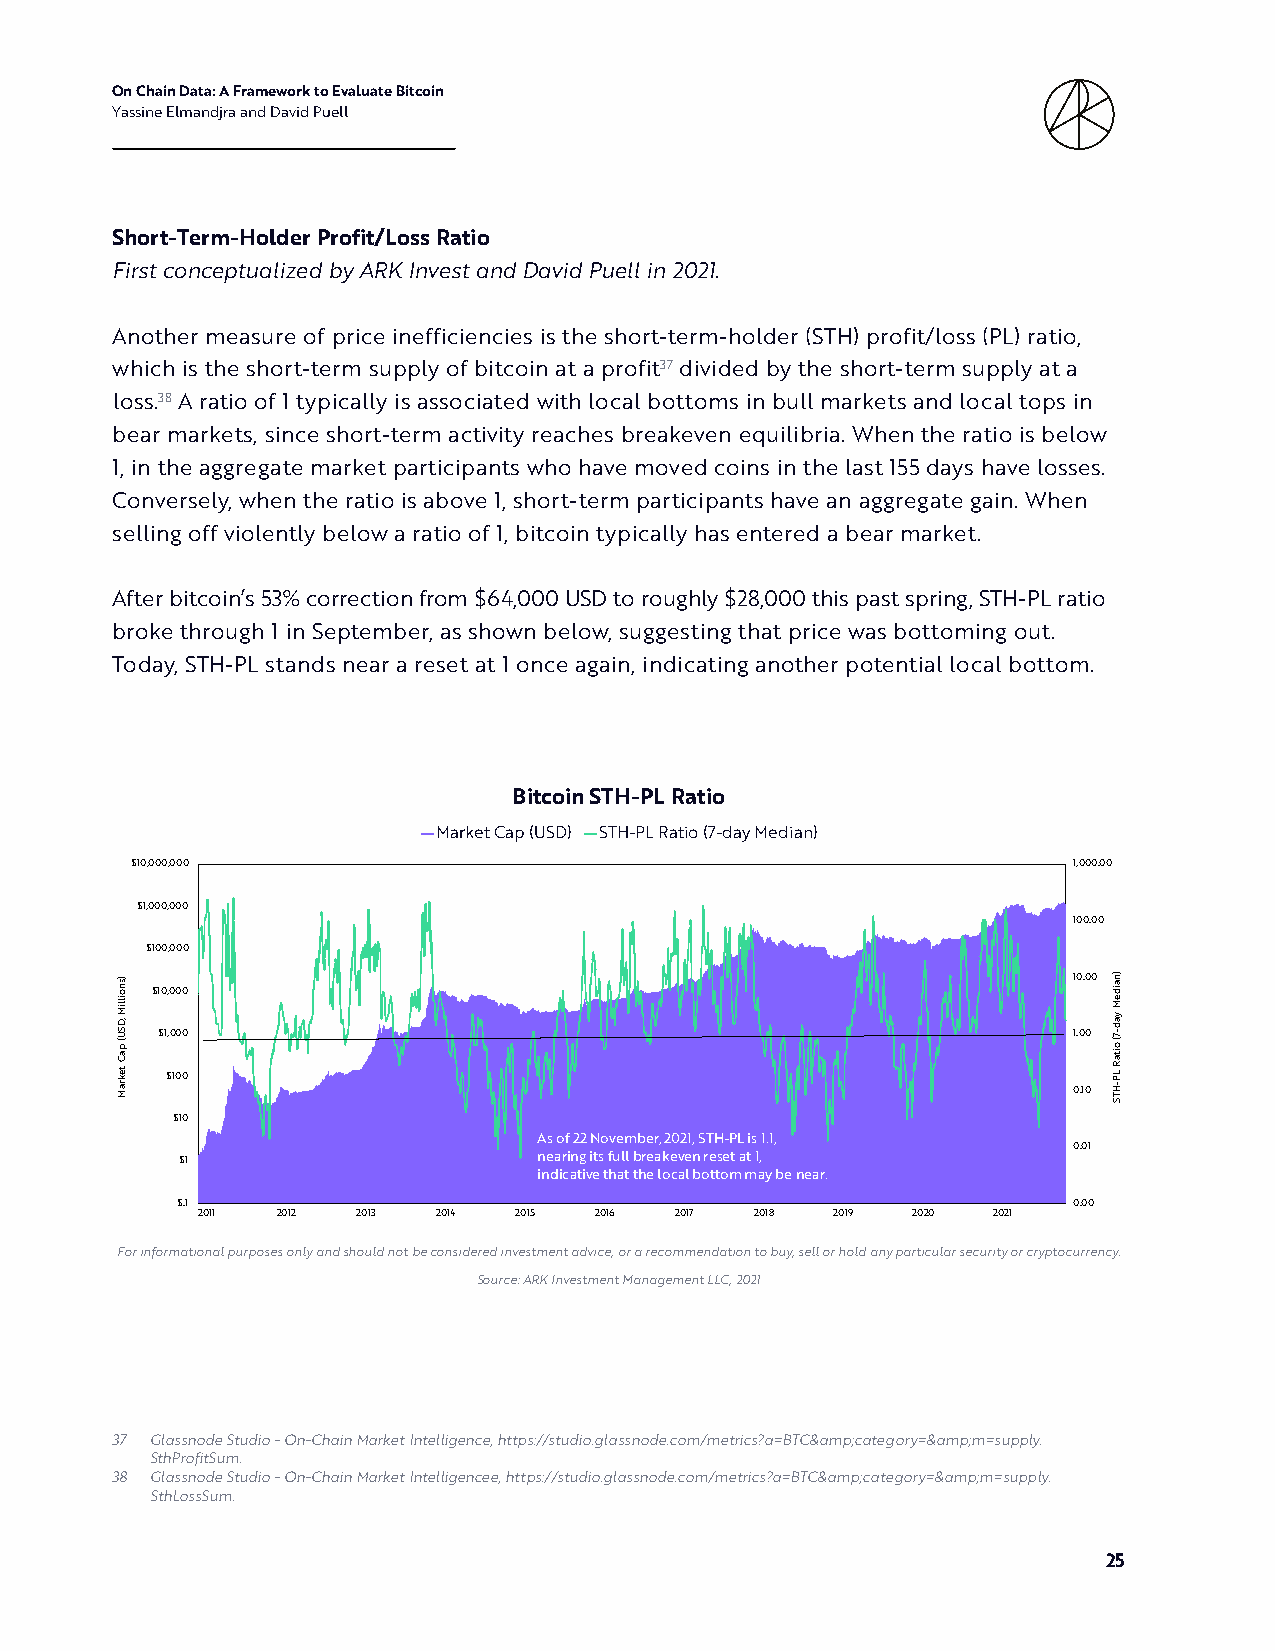
On Chain Data: A Framework to Evaluate Bitcoin
 Yassine Elmandjra and David Puell
 Short-Term-Holder Profit/Loss Ratio
 First conceptualized by ARK Invest and David Puell in 2021.
 Another measure of price inefficiencies is the short-term-holder (STH) profit/loss (PL) ratio,
 which is the short-term supply of bitcoin at a profit37 divided by the short-term supply at a
 loss.38 A ratio of 1 typically is associated with local bottoms in bull markets and local tops in
 bear markets, since short-term activity reaches breakeven equilibria. When the ratio is below
 1, in the aggregate market participants who have moved coins in the last 155 days have losses.
 Conversely, when the ratio is above 1, short-term participants have an aggregate gain. When
 selling off violently below a ratio of 1, bitcoin typically has entered a bear market.
 After bitcoin’s 53% correction from $64,000 USD to roughly $28,000 this past spring, STH-PL ratio
 broke through 1 in September, as shown below, suggesting that price was bottoming out.
 Today, STH-PL stands near a reset at 1 once again, indicating another potential local bottom.
 Bitcoin STH-PL Ratio
 Market Cap (USD) STH-PL Ratio (7-day Median)
 $10,000,000                                                   1,000.00
 $1,000,000
 100.00
 $100,000
 10.00
 $10,000
 $1,000                                                       1.00
 $100
 0.10
 $10
 As of 22 November, 2021, STH-PL is 1.1,
 0.01
 $1                      nearing its full breakeven reset at 1,
 indicative that the local bottom may be near.
 $.1                                                        0.00
 2011 2012  2013 2014 2015 2016  2017 2018 2019 2020  2021
 For informational purposes only and should not be considered investment advice, or a recommendation to buy, sell or hold any particular security or cryptocurrency.
 Source: ARK Investment Management LLC, 2021
 37 Glassnode Studio - On-Chain Market Intelligence, https://studio.glassnode.com/metrics?a=BTC&amp;category=&amp;m=supply.
 SthProfitSum.
 38 Glassnode Studio - On-Chain Market Intelligencee, https://studio.glassnode.com/metrics?a=BTC&amp;category=&amp;m=supply.
 SthLossSum.
 25
 )snoilliM
 ,DSU(
 paC
 tekraM
 )naideM
 yad-7(
 oitaR
 LP-HTS